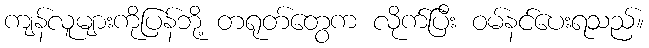
ကျန်လူများကိုပြန်ဘို့ တရုတ်တွေက လိုက်ပြီး ဝမ်နင်ပေးရသည်။